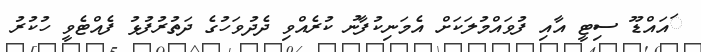
ައައްޑޫ ސިޓީ އާއި ފުވައްމުލަކަށް އެމަނިކުފާނު ކުރެއްވި ދެދުވަހުގެ ދަތުރުފުޅު ފެއްޓެވީ ހުކުރު